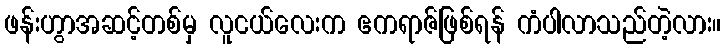
ဖန်းဟွာအဆင့်တစ်မှ လူငယ်လေးက ဧကရာဇ်ဖြစ်ရန် ကံပါလာသည်တဲ့လား။